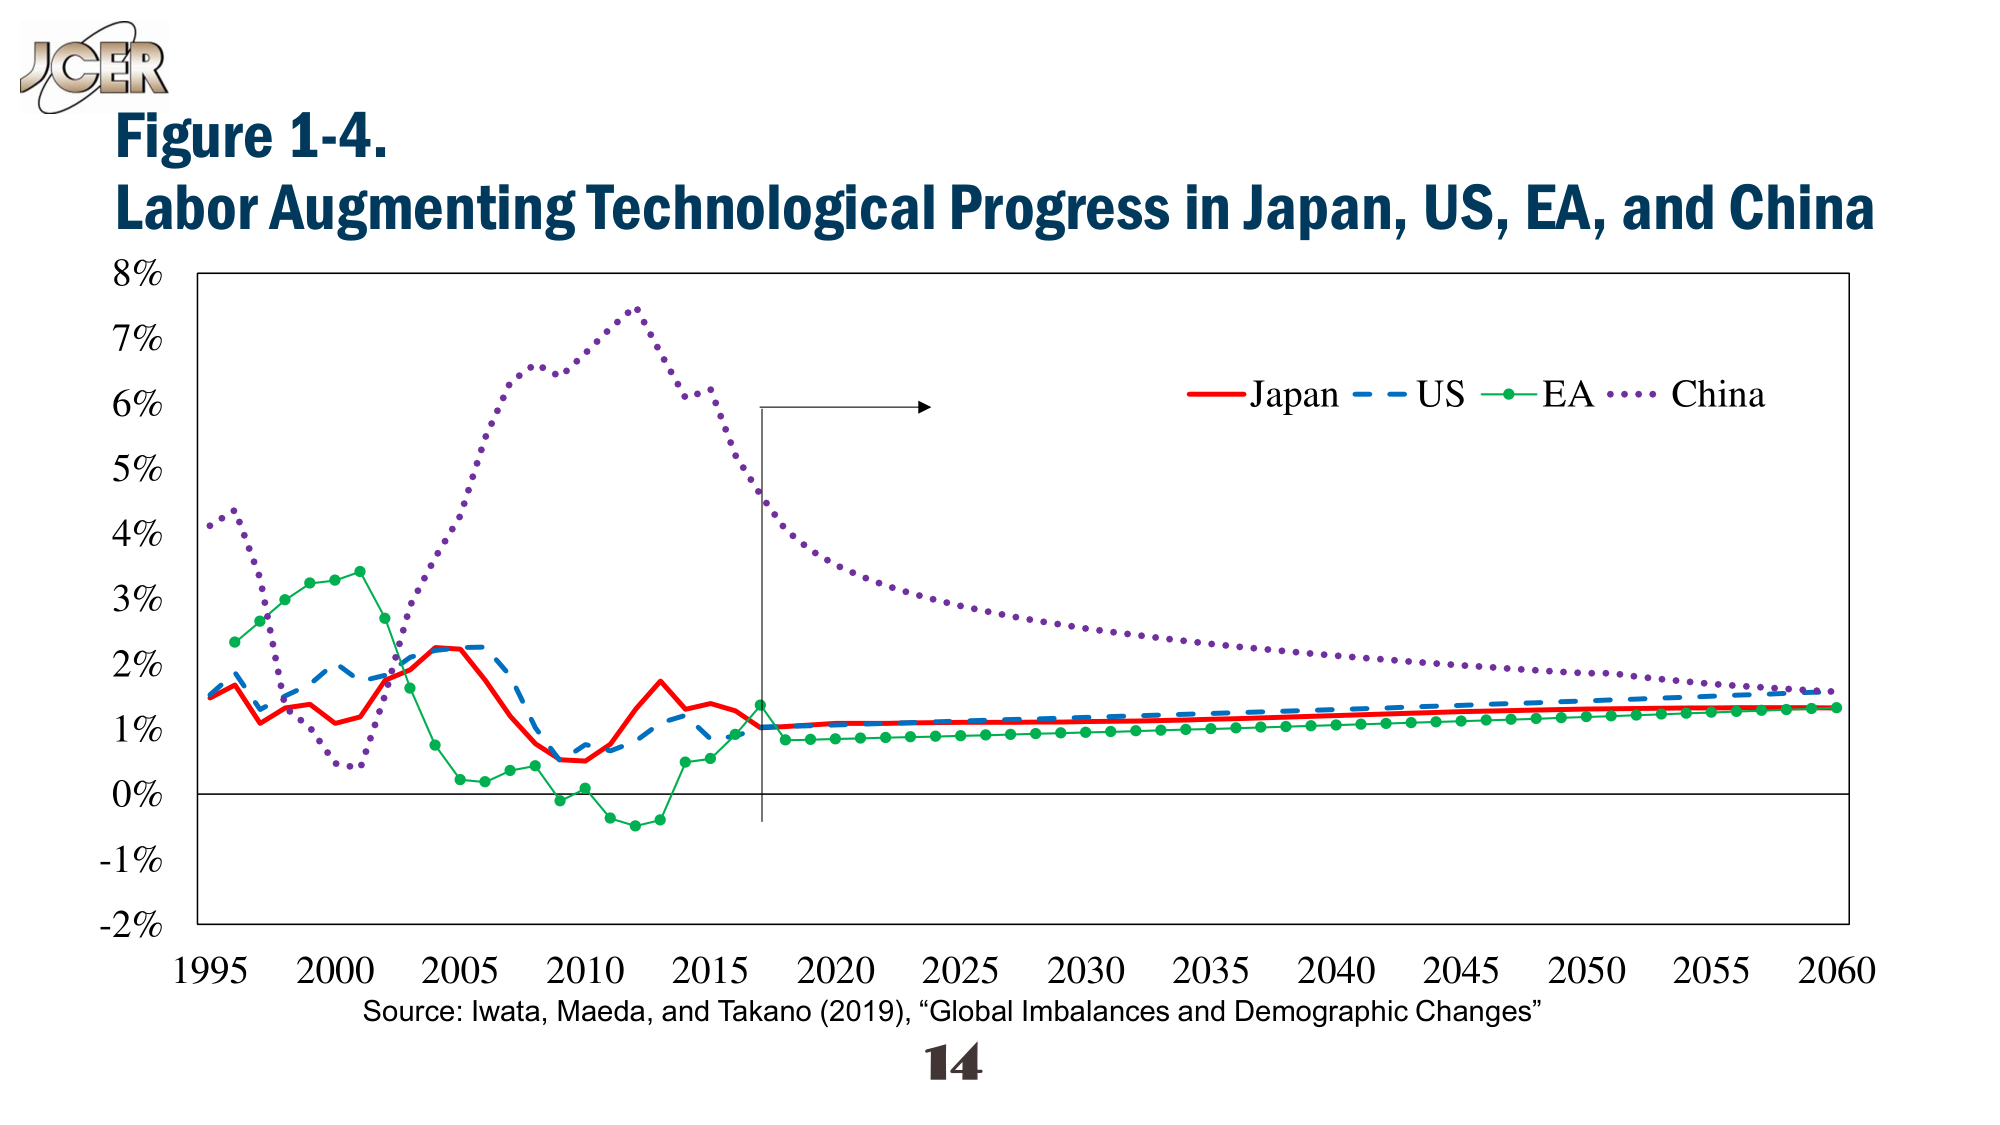
J Cer
Figure 1-4.
Labor Augmenting Technological Progress in Japan, US, EA, and China
8%
7%
6%
5%
4%
3%
2%
1%
0%
-1%
-2%
1995 2000 2005 2010 2015 2020 2025 2030 2035 2040 2045 2050 2055 2060
Japan — US — EA — China
Source: Iwata, Maeda, and Takano (2019), “Global Imbalances and Demographic Changes”
14